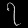
Digit: ၇